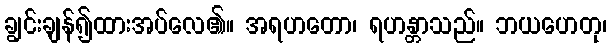
ချွင်းချန်၍ထားအပ်လေ၏။ အရဟတော၊ ရဟန္တာသည်။ ဘယဟေတု၊